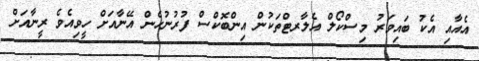
އެއާއި އެކު ބައިވަރު މިސްކޯލް އެލާރޓްތަކުން އިންބޮކްސް ފުރުނުހެން އޭނާއަށް ހީވިއެވެ ރީނާއަށް